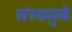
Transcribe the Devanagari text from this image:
संस्थमुळे